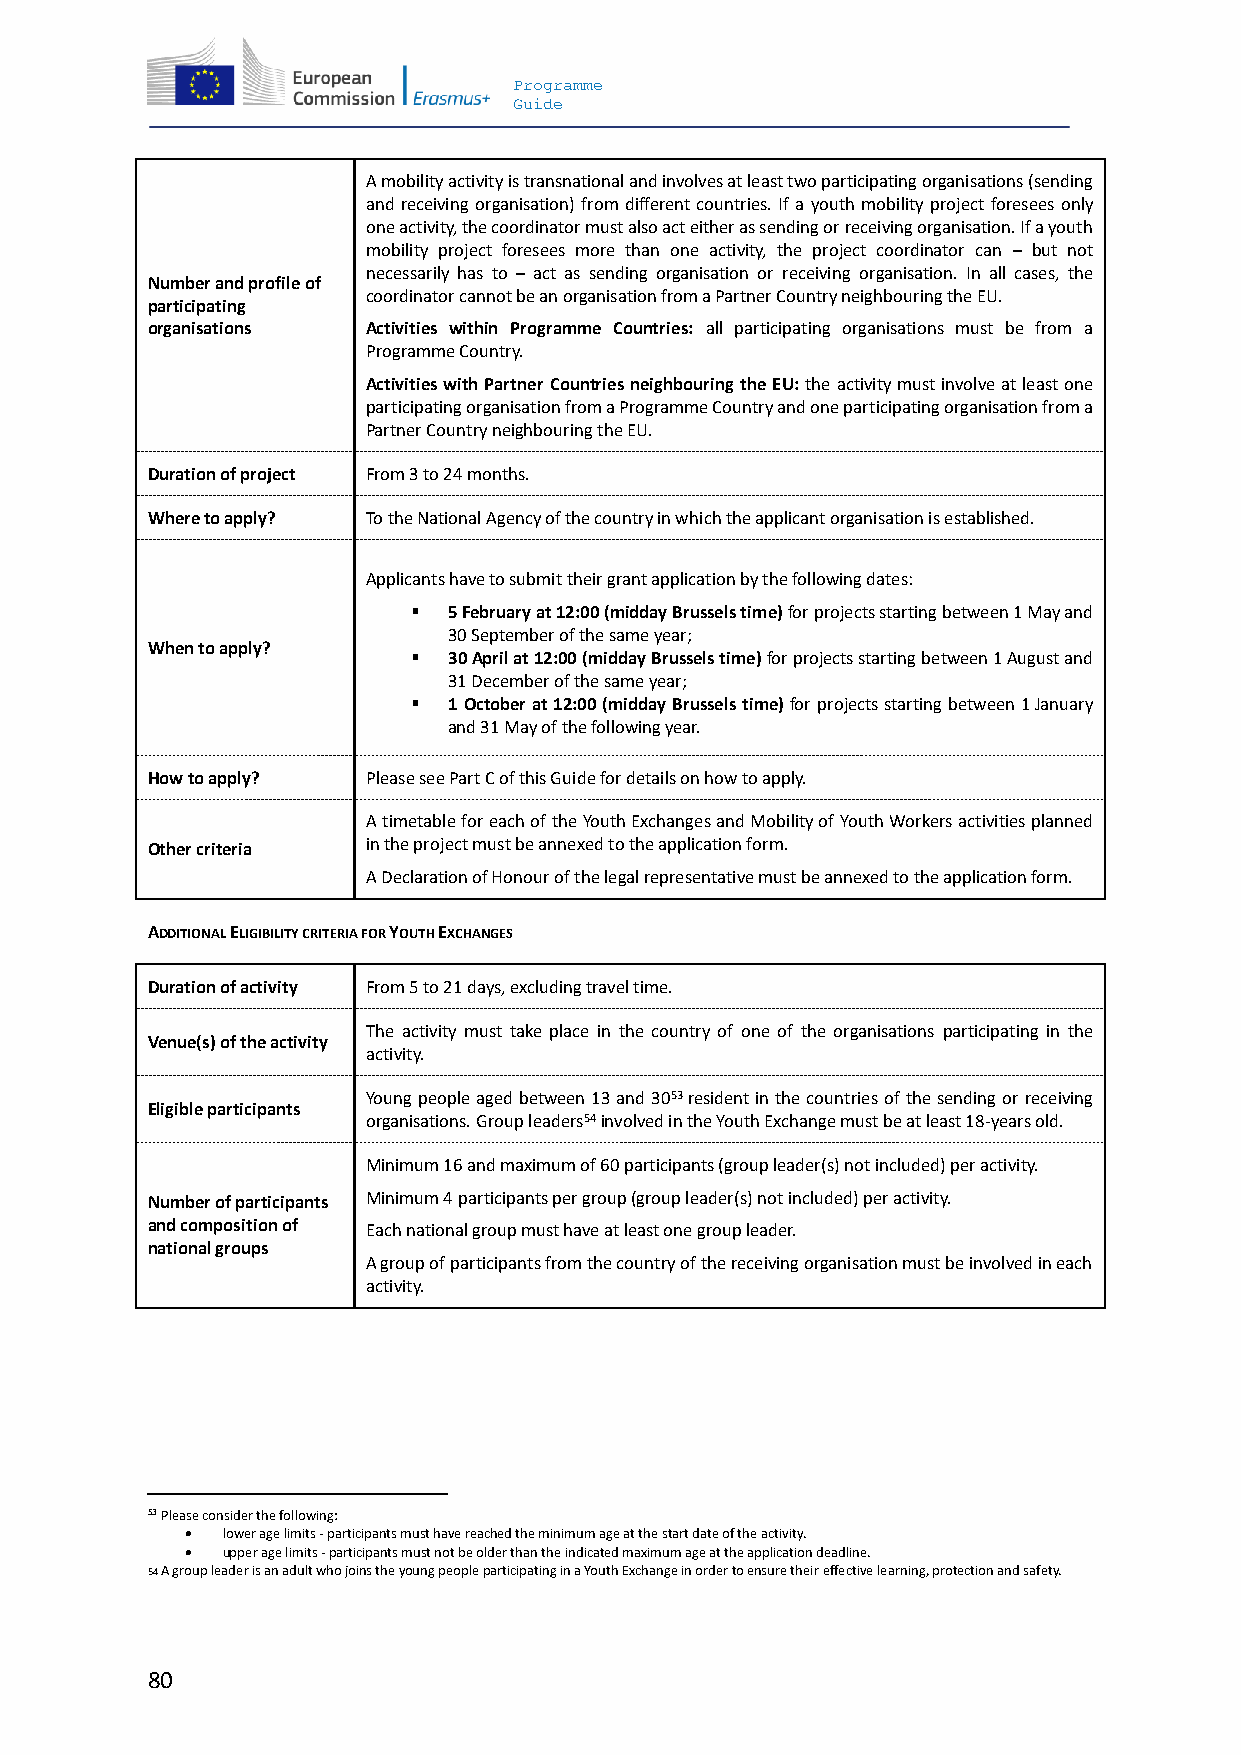
Programme
 Guide
 A mobility activity is transnational and involves at least two participating organisations (sending
 and receiving organisation) from different countries. If a youth mobility project foresees only
 one activity, the coordinator must also act either as sending or receiving organisation. If a youth
 mobility project foresees more than one activity, the project coordinator can – but not
 necessarily has to – act as sending organisation or receiving organisation. In all cases, the
 Number and profile of
 coordinator cannot be an organisation from a Partner Country neighbouring the EU.
 participating
 organisations Activities within Programme Countries: all participating organisations must be from a
 Programme Country.
 Activities with Partner Countries neighbouring the EU: the activity must involve at least one
 participating organisation from a Programme Country and one participating organisation from a
 Partner Country neighbouring the EU.
 Duration of project From 3 to 24 months.
 Where to apply? To the National Agency of the country in which the applicant organisation is established.
 Applicants have to submit their grant application by the following dates:
   5 February at 12:00 (midday Brussels time) for projects starting between 1 May and
 30 September of the same year;
 When to apply?
   30 April at 12:00 (midday Brussels time) for projects starting between 1 August and
 31 December of the same year;
   1 October at 12:00 (midday Brussels time) for projects starting between 1 January
 and 31 May of the following year.
 How to apply? Please see Part C of this Guide for details on how to apply.
 A timetable for each of the Youth Exchanges and Mobility of Youth Workers activities planned
 Other criteria in the project must be annexed to the application form.
 A Declaration of Honour of the legal representative must be annexed to the application form.
 ADDITIONAL ELIGIBILITY CRITERIA FOR YOUTH EXCHANGES
 Duration of activity From 5 to 21 days, excluding travel time.
 The activity must take place in the country of one of the organisations participating in the
 Venue(s) of the activity
 activity.
 Young people aged between 13 and 3053 resident in the countries of the sending or receiving
 Eligible participants
 organisations. Group leaders54 involved in the Youth Exchange must be at least 18-years old.
 Minimum 16 and maximum of 60 participants (group leader(s) not included) per activity.
 Number of participants Minimum 4 participants per group (group leader(s) not included) per activity.
 and composition of Each national group must have at least one group leader.
 national groups
 A group of participants from the country of the receiving organisation must be involved in each
 activity.
 53 Please consider the following:
   lower age limits - participants must have reached the minimum age at the start date of the activity.
   upper age limits - participants must not be older than the indicated maximum age at the application deadline.
 54 A group leader is an adult who joins the young people participating in a Youth Exchange in order to ensure their effective learning, protection and safety.
 80